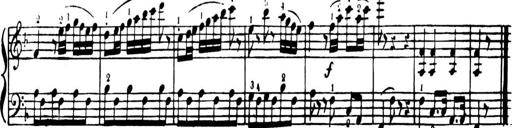
Title: Sequel to Instructions for the Piano-Forte,  M.3.06
Composer: Johann Baptist Cramer